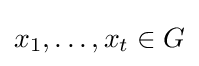
x_{1},\dots ,x_{t}\in G